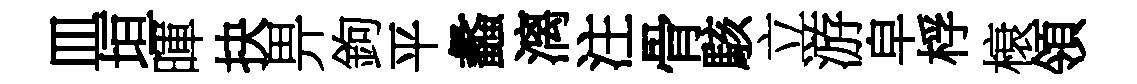
皿垣暉抉畀鉤平蠡漓注骨駭立游皁桴榱領